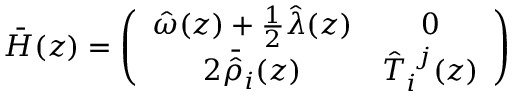
\bar { H } ( z ) = \left( \begin{array} { c c } { { \hat { \omega } ( z ) + \textstyle { \frac { 1 } { 2 } } \hat { \lambda } ( z ) } } & { { 0 } } \\ { { 2 \bar { \hat { \rho } } _ { i } ( z ) } } & { { \hat { T } _ { i } ^ { ~ j } ( z ) } } \end{array} \right)